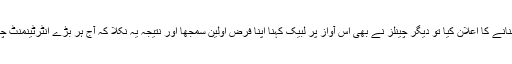
بعدِ ازاں جب اس چینل نے اس گیم شو کو اپنی عمومی نشریات کا حصّہ بنانے کا اعلان کیا تو دیگر چینلز نے بھی اس آواز پر لبّیک کہنا اپنا فرضِ اوّلین سمجھا اور نتیجہ یہ نکلا کہ آج ہر بڑے انٹرٹینمنٹ چینل پر مختلف نامور ٹی وی ستارے گیم شوز پیش کرتے نظر آ رہے ہیں۔